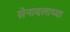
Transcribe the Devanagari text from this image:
सेनादलाच्या